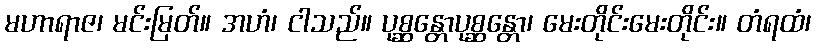
မဟာရာဇ၊ မင်းမြတ်။ အဟံ၊ ငါသည်။ ပုစ္ဆန္တောပုစ္ဆန္တော၊ မေးတိုင်းမေးတိုင်း။ တံရထံ၊